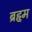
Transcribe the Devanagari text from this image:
ब्रहृम